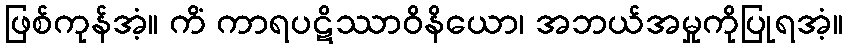
ဖြစ်ကုန်အံ့။ ကိံ ကာရပဋိဿာဝိနိယော၊ အဘယ်အမှုကိုပြုရအံ့။